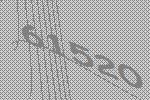
61520